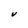
Character: V